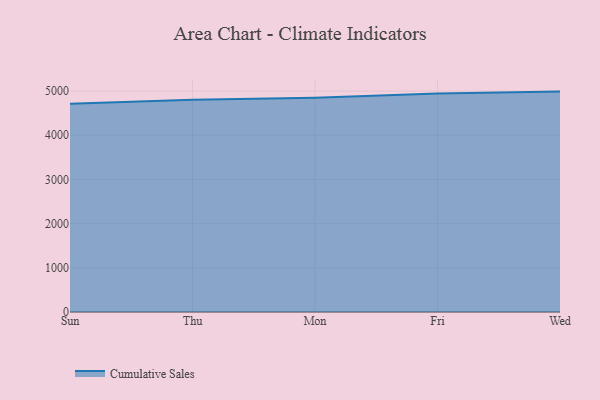
{"axis": {"x": "Day", "y": "Temperature (°C)"}, "legend": ["Cumulative Sales"], "data": [{"x": "Sun", "y": 4711.2, "type": "Cumulative Sales"}, {"x": "Thu", "y": 4802.2, "type": "Cumulative Sales"}, {"x": "Mon", "y": 4850.1, "type": "Cumulative Sales"}, {"x": "Fri", "y": 4947.1, "type": "Cumulative Sales"}, {"x": "Wed", "y": 4987.5, "type": "Cumulative Sales"}]}